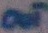
Text: OUT